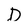
Character: D